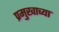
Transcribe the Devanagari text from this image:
प्रमुखाच्या